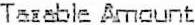
TAXABLE AMOUNT